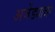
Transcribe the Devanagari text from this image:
अजेंड्यावर